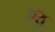
જ